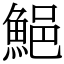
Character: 䱒